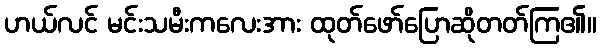
ဟယ်လင် မင်းသမီးကလေးအား ထုတ်ဖော်ပြောဆိုတတ်ကြ၏။